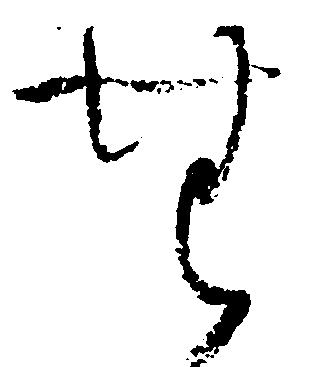
無